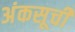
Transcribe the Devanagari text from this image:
अंकसूची